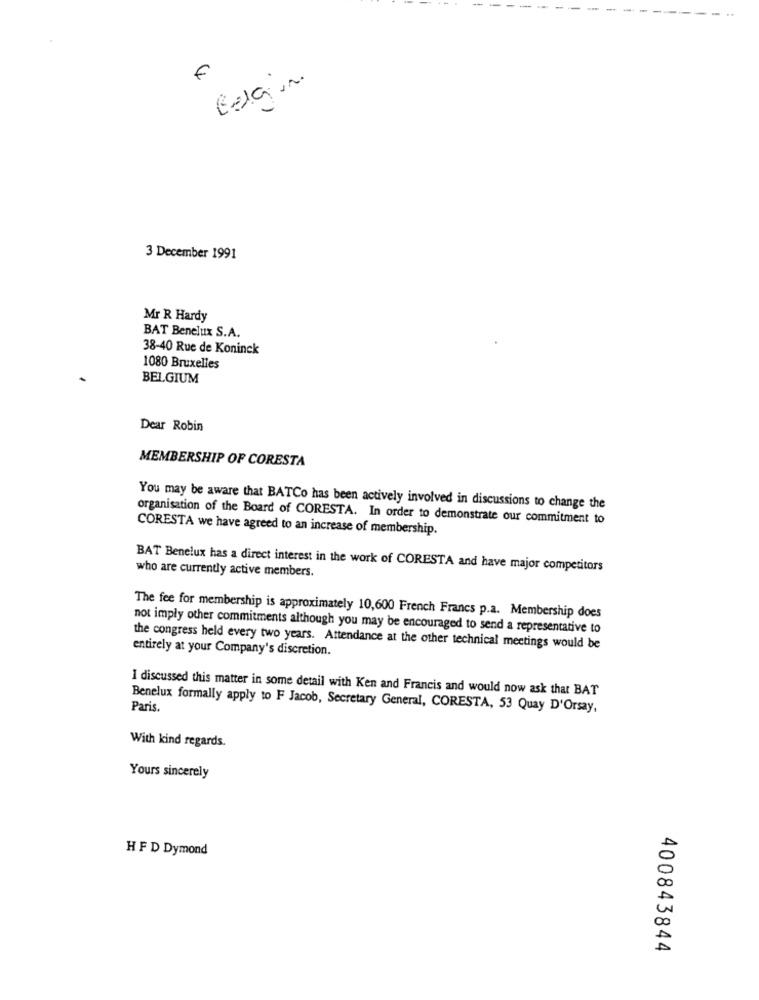
€
3 December 1991
Mr R Hardy
BAT Benelux S.A.
38-40 Rue de Koninck
1080 Bruxelles
BELGIUM
Dear Robin
MEMBERSHIP OF CORESTA
You may be aware that BATCo has been actively involved in discussions to change the
organisation of the Board of CORESTA. In order to demonstrate our commitment to
CORESTA we have agreed to an increase of membership.
BAT Benelux has a direct interest in the work of CORESTA and have major competitors
who are currently active members.
The fee for membership is approximately 10,600 French Francs p.a. Membership does
not imply other commitments although you may be encouraged to send a representative to
entirely at your Company's discretion.
the congress held every two years. Attendance at the other technical meetings would be
I discussed this matter in some detail with Ken and Francis and would now ask that BAT
Paris.
Benelux formally apply to F Jacob, Secretary General, CORESTA, 53 Quay D'Orsay,
With kind regards.
Yours sincerely
H FD Dymond
400843844